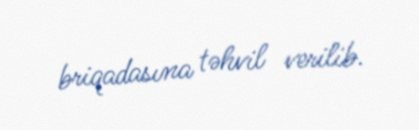
briqadasına təhvil verilib.